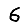
Digit: 6